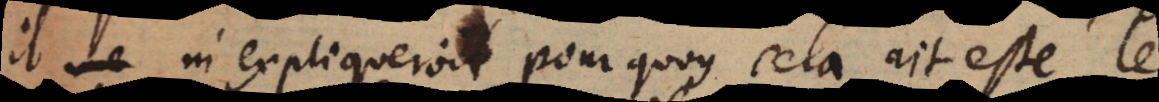
il m’expliqueroit pour quoy cela ait esté le